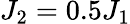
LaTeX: J_{2}=0.5J_{1}